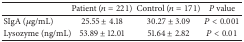
<table><thead><tr><td><b> </b></td><td><b>Patient (<i>n</i> = 221)</b></td><td><b>Control (<i>n</i> = 171)</b></td><td><b><i>P</i> value</b></td></tr></thead><tbody><tr><td>SIgA (<i>μ</i>g/mL)</td><td>25.55 ± 4.18</td><td>30.27 ± 3.09</td><td><i>P</i> &lt; 0.001</td></tr><tr><td>Lysozyme (ng/mL)</td><td>53.89 ± 12.01</td><td>51.64 ± 2.82</td><td><i>P</i> &lt; 0.01</td></tr></tbody></table>